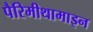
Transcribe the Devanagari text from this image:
पैरिमीथामाइन